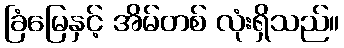
ခြံမြေနှင့် အိမ်တစ် လုံးရှိသည်။